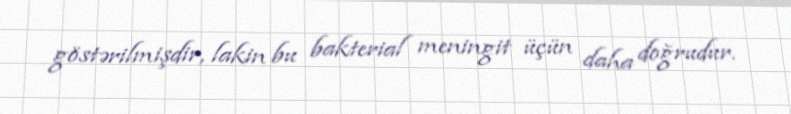
göstərilmişdir, lakin bu bakterial meningit üçün daha doğrudur.